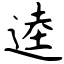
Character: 逵